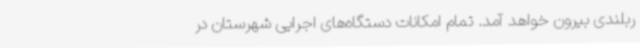
ربلندی بیرون خواهد آمد. تمام امکانات دستگاه‌های اجرایی شهرستان در